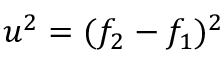
u ^ { 2 } = ( f _ { 2 } - f _ { 1 } ) ^ { 2 }